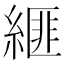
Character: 𦃄